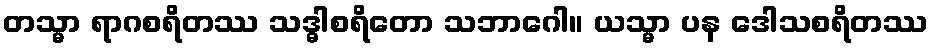
တသ္မာ ရာဂစရိတဿ သဒ္ဓါစရိတော သဘာဂေါ။ ယသ္မာ ပန ဒေါသစရိတဿ